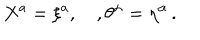
X ^ { a } = \xi ^ { a } , \quad , \theta ^ { \alpha } = \eta ^ { \alpha } \, .